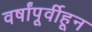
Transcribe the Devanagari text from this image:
वर्षांपूर्वीहून